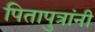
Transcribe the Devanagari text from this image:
पितापुत्रांनी